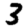
Digit: 3